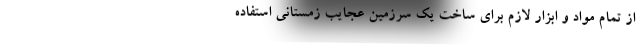
از تمام مواد و ابزار لازم برای ساخت یک سرزمین عجایب زمستانی استفاده